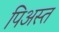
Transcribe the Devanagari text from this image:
पिअस्त